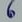
Text: 6